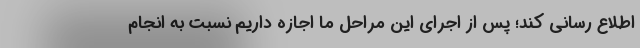
اطلاع رسانی کند؛ پس از اجرای این مراحل ما اجازه داریم نسبت به انجام